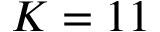
K = 1 1